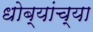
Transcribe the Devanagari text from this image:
धोब्यांच्या